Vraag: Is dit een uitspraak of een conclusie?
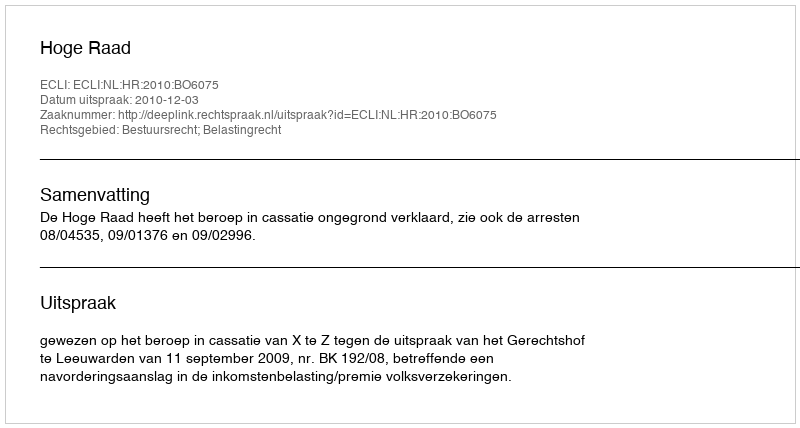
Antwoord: Uitspraak